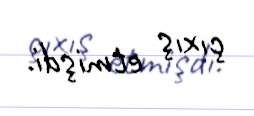
çıxış etmişdi.